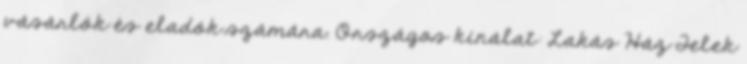
vásárlók és eladók számára. Országos kínálat: Lakás Ház Telek